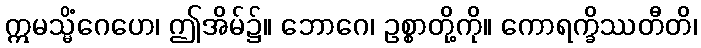
ဣမသ္မိံဂေဟေ၊ ဤအိမ်၌။ ဘောဂေ၊ ဥစ္စာတို့ကို။ ကောရက္ခိဿတီတိ၊